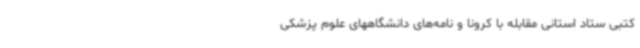
کتبی ستاد استانی مقابله با کرونا و نامه‌های دانشگاههای علوم پزشکی